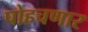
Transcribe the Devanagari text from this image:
पोहचणार